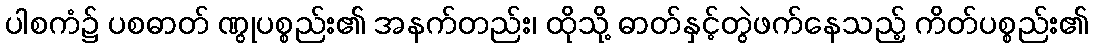
ပါစကံ၌ ပစဓာတ် ဏွုပစ္စည်း၏ အနက်တည်း၊ ထိုသို့ ဓာတ်နှင့်တွဲဖက်နေသည့် ကိတ်ပစ္စည်း၏